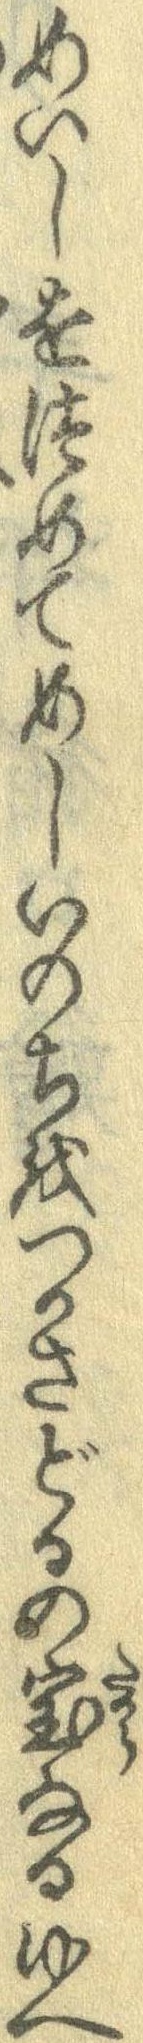
めいしをつめてめしいのちをつかさどるの宝なるゆへ